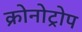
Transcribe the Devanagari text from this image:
क्रोनोट्रोप